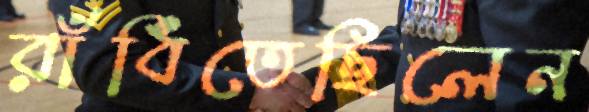
রাঁধিতেছিলেন